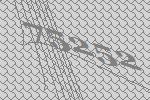
75252